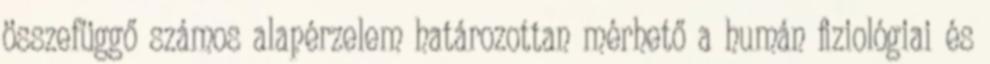
összefüggő számos alapérzelem határozottan mérhető a humán ﬁziológiai és